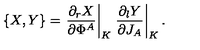
\{ X , Y \} = \left. { \frac { \partial _ { r } X } { \partial \Phi ^ { A } } } \right| _ { K } \left. { \frac { \partial _ { l } Y } { \partial J _ { A } } } \right| _ { K } .